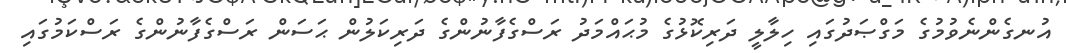
އުނގެންނެވުމުގެ މަގްޞަދުގައި ހިލާލީ ދަރިކޮޅުގެ މުޙައްމަދު ރަސްގެފާނުންގެ ދަރިކަލުން ޙަސަން ރަސްގެފާނުންގެ ރަސްކަމުގައި